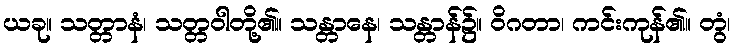
ယခု။ သတ္တာနံ၊ သတ္တဝါတို့၏။ သန္တာနေ၊ သန္တာန်၌။ ဝိဂတာ၊ ကင်းကုန်၏။ တွံ၊